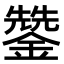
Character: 𮣄